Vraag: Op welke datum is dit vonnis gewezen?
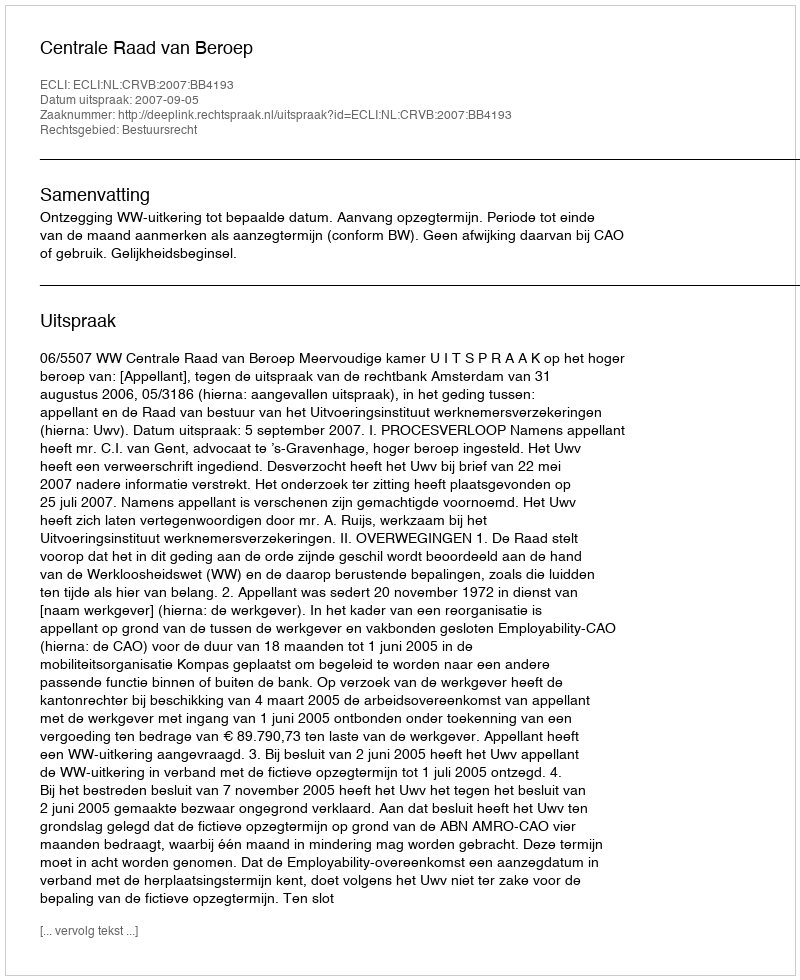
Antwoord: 2007-09-05